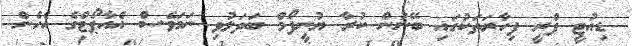
ޑިއުޓީ ފްރީ ފިހާރަތަކުގައި ބޭނުން ކުރާ ޔުނީފޯމް ބަދަލުވި ނަމަވެސް އެއާޕޯޓްގެ އެހެން